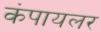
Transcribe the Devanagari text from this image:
कंपायलर